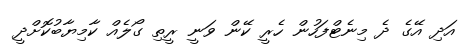
އަދި އޭގެ ދެ މިނެޓްފަހުން ހެރީ ކޭން ވަނީ ރީތި ގޯލެއް ކާމިޔާބުކޮށްދީ